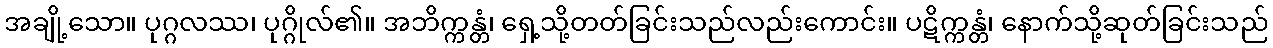
အချို့သော။ ပုဂ္ဂလဿ၊ ပုဂ္ဂိုလ်၏။ အဘိက္ကန္တံ၊ ရှေ့သို့တတ်ခြင်းသည်လည်းကောင်း။ ပဋိက္ကန္တံ၊ နောက်သို့ဆုတ်ခြင်းသည်